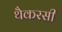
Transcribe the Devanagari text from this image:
थैकरसी